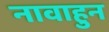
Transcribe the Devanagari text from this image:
नावाहुन